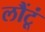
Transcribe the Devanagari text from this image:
लौंटूं